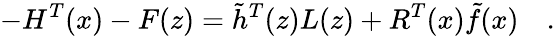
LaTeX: -H^{T}(x)-F(z)=\tilde{h}^{T}(z)L(z)+R^{T}(x)\tilde{f}(x)\quad.